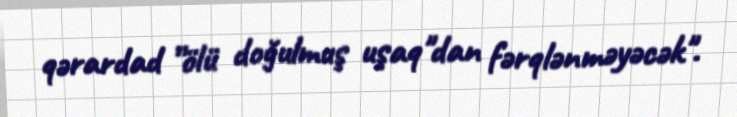
qərardad ”ölü doğulmuş uşaq"dan fərqlənməyəcək".